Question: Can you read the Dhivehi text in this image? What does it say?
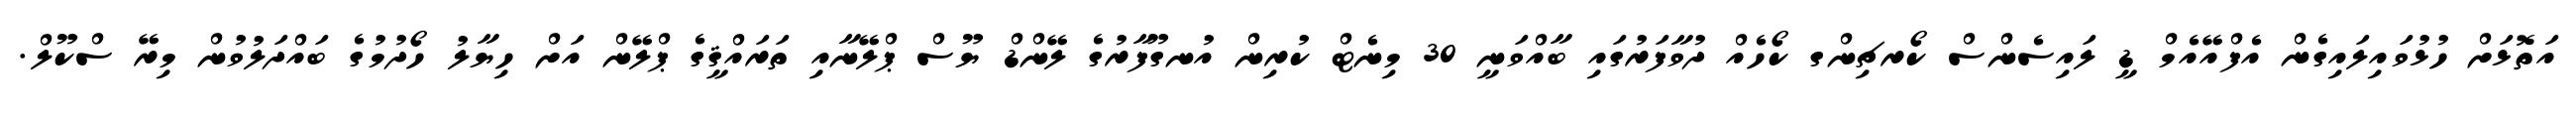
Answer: އަތޮޅަށް ހުޅުވައިލައިގެން އެފްއޭއެމް ޑީ ލައިސެންސް ކޯރޗިންގ ކޯހެއް ދުވާފަރުގައި ބާއްވަނީ 30 މިނެޓް ކުރިން އުނގޫފާރުގެ ލޭންޑް ޔޫސް ޕްލޭނާއި ތަރައްޤީގެ ޕްލޭން އަށް ހިޔާލު ހޯދުމުގެ ބައްދަލުވުން މިރޭ ސްކޫލް.